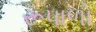
રૂપાળો